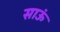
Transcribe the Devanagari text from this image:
साऊं